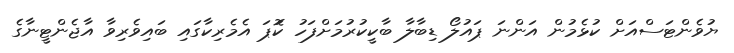
ޔުވެންޓަސްއަށް ކުޅެމުން އަންނަ ޕައުލޯ ޑިބާލާ ބާކީކުރުމަށްފަހު ކޮަޕަ އެމެރިކާގައި ބައިވެރިވާ އާޖެންޓީނާގެ